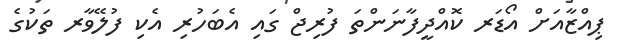
ޕިއްޒާއަށް އޯޑަރ ކޮއްދީފާނަންތަ ފުރިޖް ގައި އެބަހުރި އެކި ފުލޭވާރ ތަކުގެ